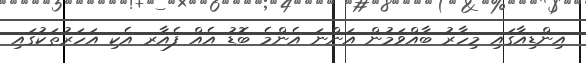
އިންޑިއާގައި މިހާރު ބާއްވަމުން އަންނަ އެންމެ ބޮޑު އެއް ފެއާރ އެކި އަހަރުތަކުގައި